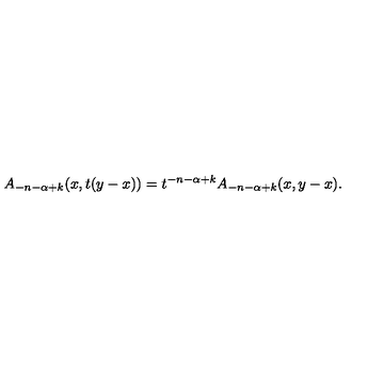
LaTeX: A _ { - n - \alpha + k } ( x , t ( y - x ) ) = t ^ { - n - \alpha + k } A _ { - n - \alpha + k } ( x , y - x ) .